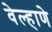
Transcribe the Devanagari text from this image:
वेल्हाणे